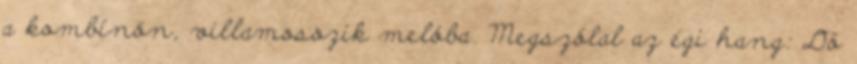
a kombínón, villamosozik melóba. Megszólal az égi hang: Dö